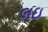
લઇ